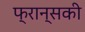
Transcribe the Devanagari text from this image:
फ्रान्सकी